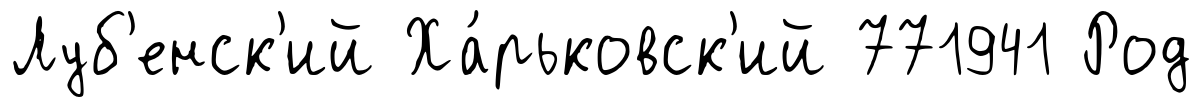
Луб'енск'ий Ха́рьковск'ий 771941 Род